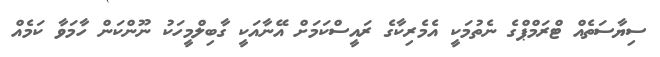
ސިޔާސަތެއް ޓްރަމްޕްގެ ނެތުމަކީ އެމެރިކާގެ ރައީސްކަމަށް އޭނާއަކީ ގާބިލްމީހަކު ނޫންކަން ހާމަވާ ކަމެއް